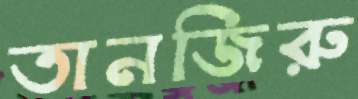
তানজিরু